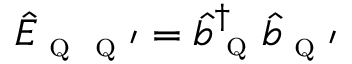
\hat { E } _ { \textsc { q } \textsc { q } ^ { \prime } } = \hat { b } _ { \textsc { q } } ^ { \dagger } \hat { b } _ { \textsc { q } ^ { \prime } }